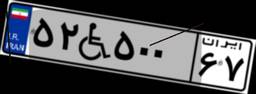
۵۲W۵۰۰۶۷